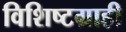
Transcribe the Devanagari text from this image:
विशिष्टग्राही